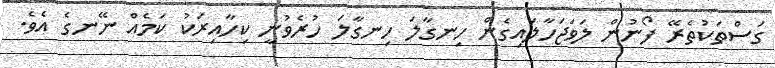
ގަސްތަކުތެރޭ ފޯނުން ލަވަޖަހާލައިގެން ހިނގާލަ ހިނގާލަ ހުރެވުނީ ކިހާއިރަކު ކަމެއް ނޭނގެ އެވެ.